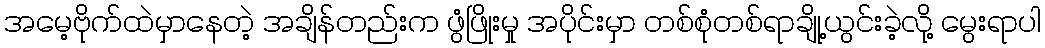
အမေ့ဗိုက်ထဲမှာနေတဲ့ အချိန်တည်းက ဖွံဖြိုးမှု အပိုင်းမှာ တစ်စုံတစ်ရာချို့ယွင်းခဲ့လို့ မွေးရာပါ